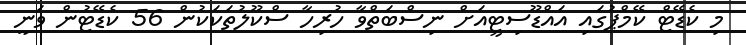
މި ކެޑޭޓް ކޭމްޕުގައި އައްޑޫސިޓީއަށް ނިސްބަތްވާ ހުރިހާ ސްކޫލުތަކަކުން 56 ކެޑޭޓުން ވަނީ